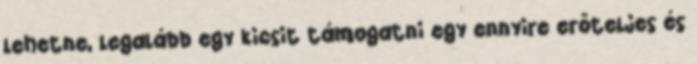
lehetne, legalább egy kicsit támogatni egy ennyire erőteljes és